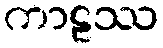
ကာဠဿ